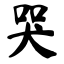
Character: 哭